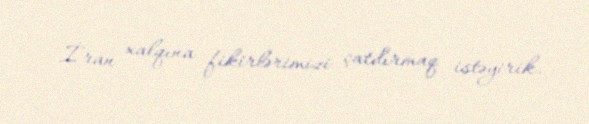
İran xalqına fikirlərimizi çatdırmaq istəyirik.